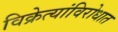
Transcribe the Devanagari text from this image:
विक्रेत्यांविरोधात